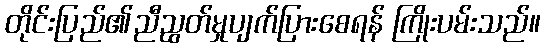
တိုင်းပြည်၏ညီညွတ်မှုပျက်ပြားစေရန် ကြိုးပမ်းသည်။